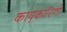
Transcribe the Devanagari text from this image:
कायृकारिणी